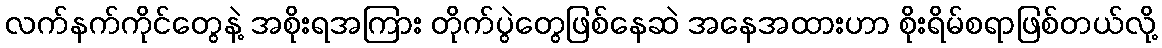
လက်နက်ကိုင်တွေနဲ့ အစိုးရအကြား တိုက်ပွဲတွေဖြစ်နေဆဲ အနေအထားဟာ စိုးရိမ်စရာဖြစ်တယ်လို့